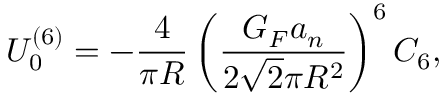
U _ { 0 } ^ { ( 6 ) } = - \frac { 4 } { \pi R } \left( \frac { G _ { F } a _ { n } } { 2 \sqrt { 2 } \pi R ^ { 2 } } \right) ^ { 6 } C _ { 6 } ,